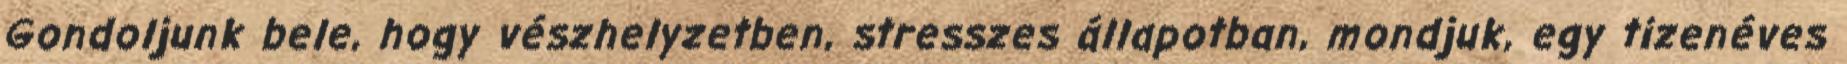
Gondoljunk bele, hogy vészhelyzetben, stresszes állapotban, mondjuk, egy tizenéves